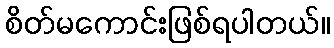
စိတ်မကောင်းဖြစ်ရပါတယ်။